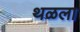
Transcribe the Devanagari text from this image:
थळला